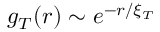
g _ { T } ( r ) \sim e ^ { - r / \xi _ { T } }